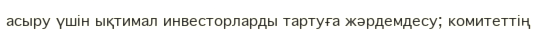
асыру үшін ықтимал инвесторларды тартуға жәрдемдесу; комитеттің